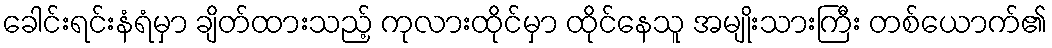
ခေါင်းရင်းနံရံမှာ ချိတ်ထားသည့် ကုလားထိုင်မှာ ထိုင်နေသူ အမျိုးသားကြီး တစ်ယောက်၏